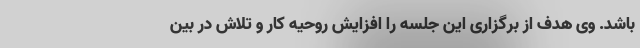
باشد. وی هدف از برگزاری این جلسه را افزایش روحیه کار و تلاش در بین